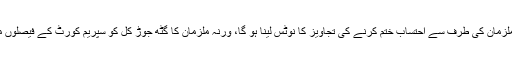
سپریم کورٹ کو نامزد ملزمان کی طرف سے احتساب ختم کرنے کی تجاویز کا نوٹس لینا ہو گا، ورنہ ملزمان کا گٹھ جوڑ کل کو سپریم کورٹ کے فیصلوں میں ترمیم بھی چاہے گا؟